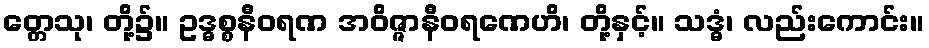
တ္တေသု၊ တို့၌။ ဥဒ္ဓစ္စနီဝရဏ အဝိဇ္ဇာနီဝရဏေဟိ၊ တို့နှင့်။ သဒ္ဓံ၊ လည်းကောင်း။